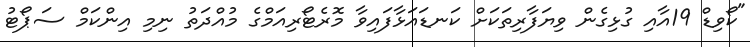
"ކޯވިޑް 19އާއި ގުޅިގެން ވިޔަފާރިތަކަށް ކަނޑައަޅާފައިވާ މޮރެޓޯރިއަމްގެ މުއްދަތު ނިމި އިންކަމް ސަޕޯޓު